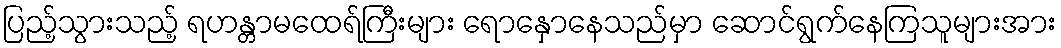
ပြည့်သွားသည့် ရဟန္တာမထေရ်ကြီးများ ရောနှောနေသည်မှာ ဆောင်ရွက်နေကြသူများအား